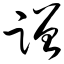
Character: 蹭